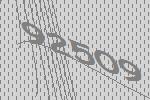
92509